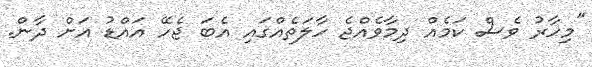
"މިހާރު ވެސް ކަމެއް ދިމާވެއްޖެ ހާލަތެއްގައި އެބަ ޖެހޭ އައްޑު އަށް ދާން.